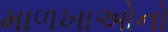
માળખાઓનો